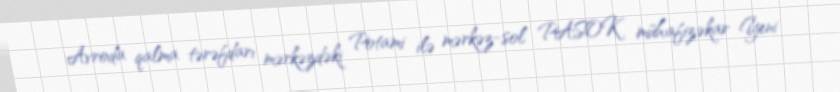
Avroda qalma tərəfdarı mərkəzdəki Potami ilə mərkəz-sol PASOK mühafizəkar Yeni